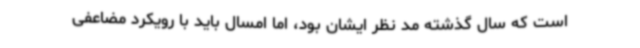
است که سال گذشته مد نظر ایشان بود، اما امسال باید با رویکرد مضاعفی